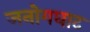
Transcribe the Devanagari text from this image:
जनोगघाट